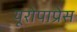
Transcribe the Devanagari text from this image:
यूरोपाप्रेस